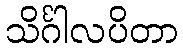
သိင်္ဂါလပိတာ